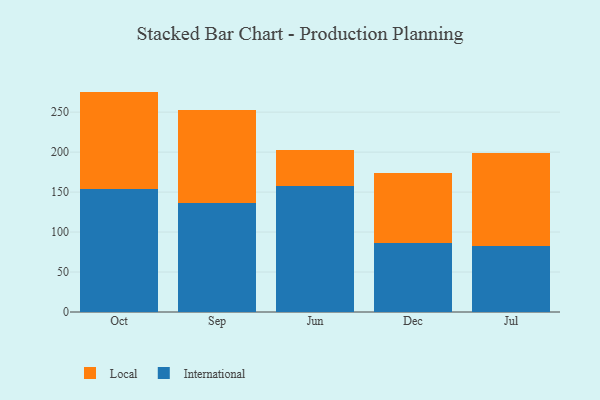
{"axis": {"x": "Month", "y": "Inventory Turnover"}, "legend": ["International", "Local"], "data": [{"x": "Oct", "y": 154.3, "type": "International"}, {"x": "Oct", "y": 121.4, "type": "Local"}, {"x": "Sep", "y": 135.8, "type": "International"}, {"x": "Sep", "y": 116.8, "type": "Local"}, {"x": "Jun", "y": 158.1, "type": "International"}, {"x": "Jun", "y": 45.0, "type": "Local"}, {"x": "Dec", "y": 85.8, "type": "International"}, {"x": "Dec", "y": 88.1, "type": "Local"}, {"x": "Jul", "y": 82.8, "type": "International"}, {"x": "Jul", "y": 115.6, "type": "Local"}]}